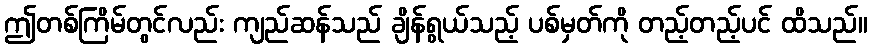
ဤတစ်ကြိမ်တွင်လည်း ကျည်ဆန်သည် ချိန်ရွယ်သည့် ပစ်မှတ်ကို တည့်တည့်ပင် ထိသည်။